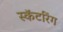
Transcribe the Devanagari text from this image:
स्कॅटरिंग